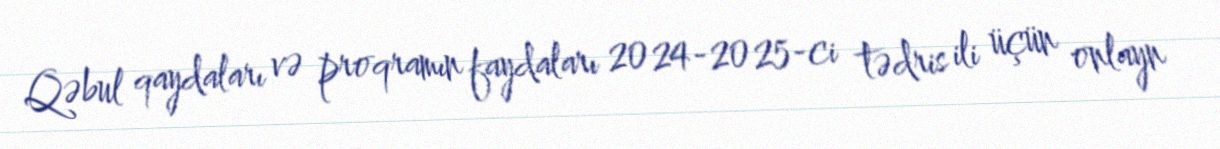
Qəbul qaydaları və proqramın faydaları 2024-2025-ci tədris ili üçün onlayn